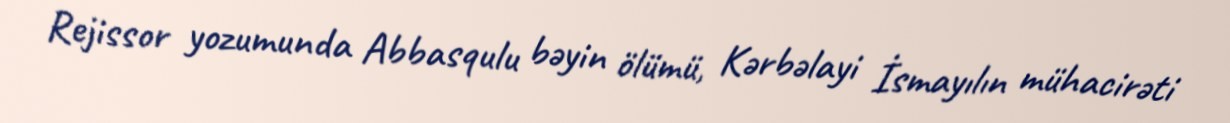
Rejissor yozumunda Abbasqulu bəyin ölümü, Kərbəlayi İsmayılın mühacirəti